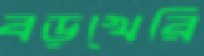
বড়খেরি